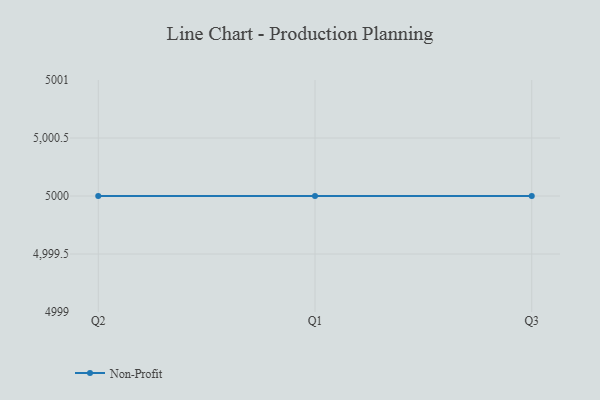
{"axis": {"x": "Quarter", "y": "LTV (USD)"}, "legend": ["Non-Profit"], "data": [{"x": "Q2", "y": 5000, "type": "Non-Profit"}, {"x": "Q1", "y": 5000, "type": "Non-Profit"}, {"x": "Q3", "y": 5000, "type": "Non-Profit"}]}